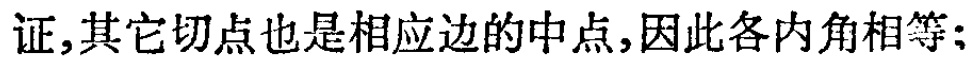
证,其它切点也是相应边的中点,因此各内角相等;